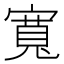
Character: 寬